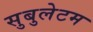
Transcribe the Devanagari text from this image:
सुबुलेटम